Eesti_Rahvusfond, lk 82
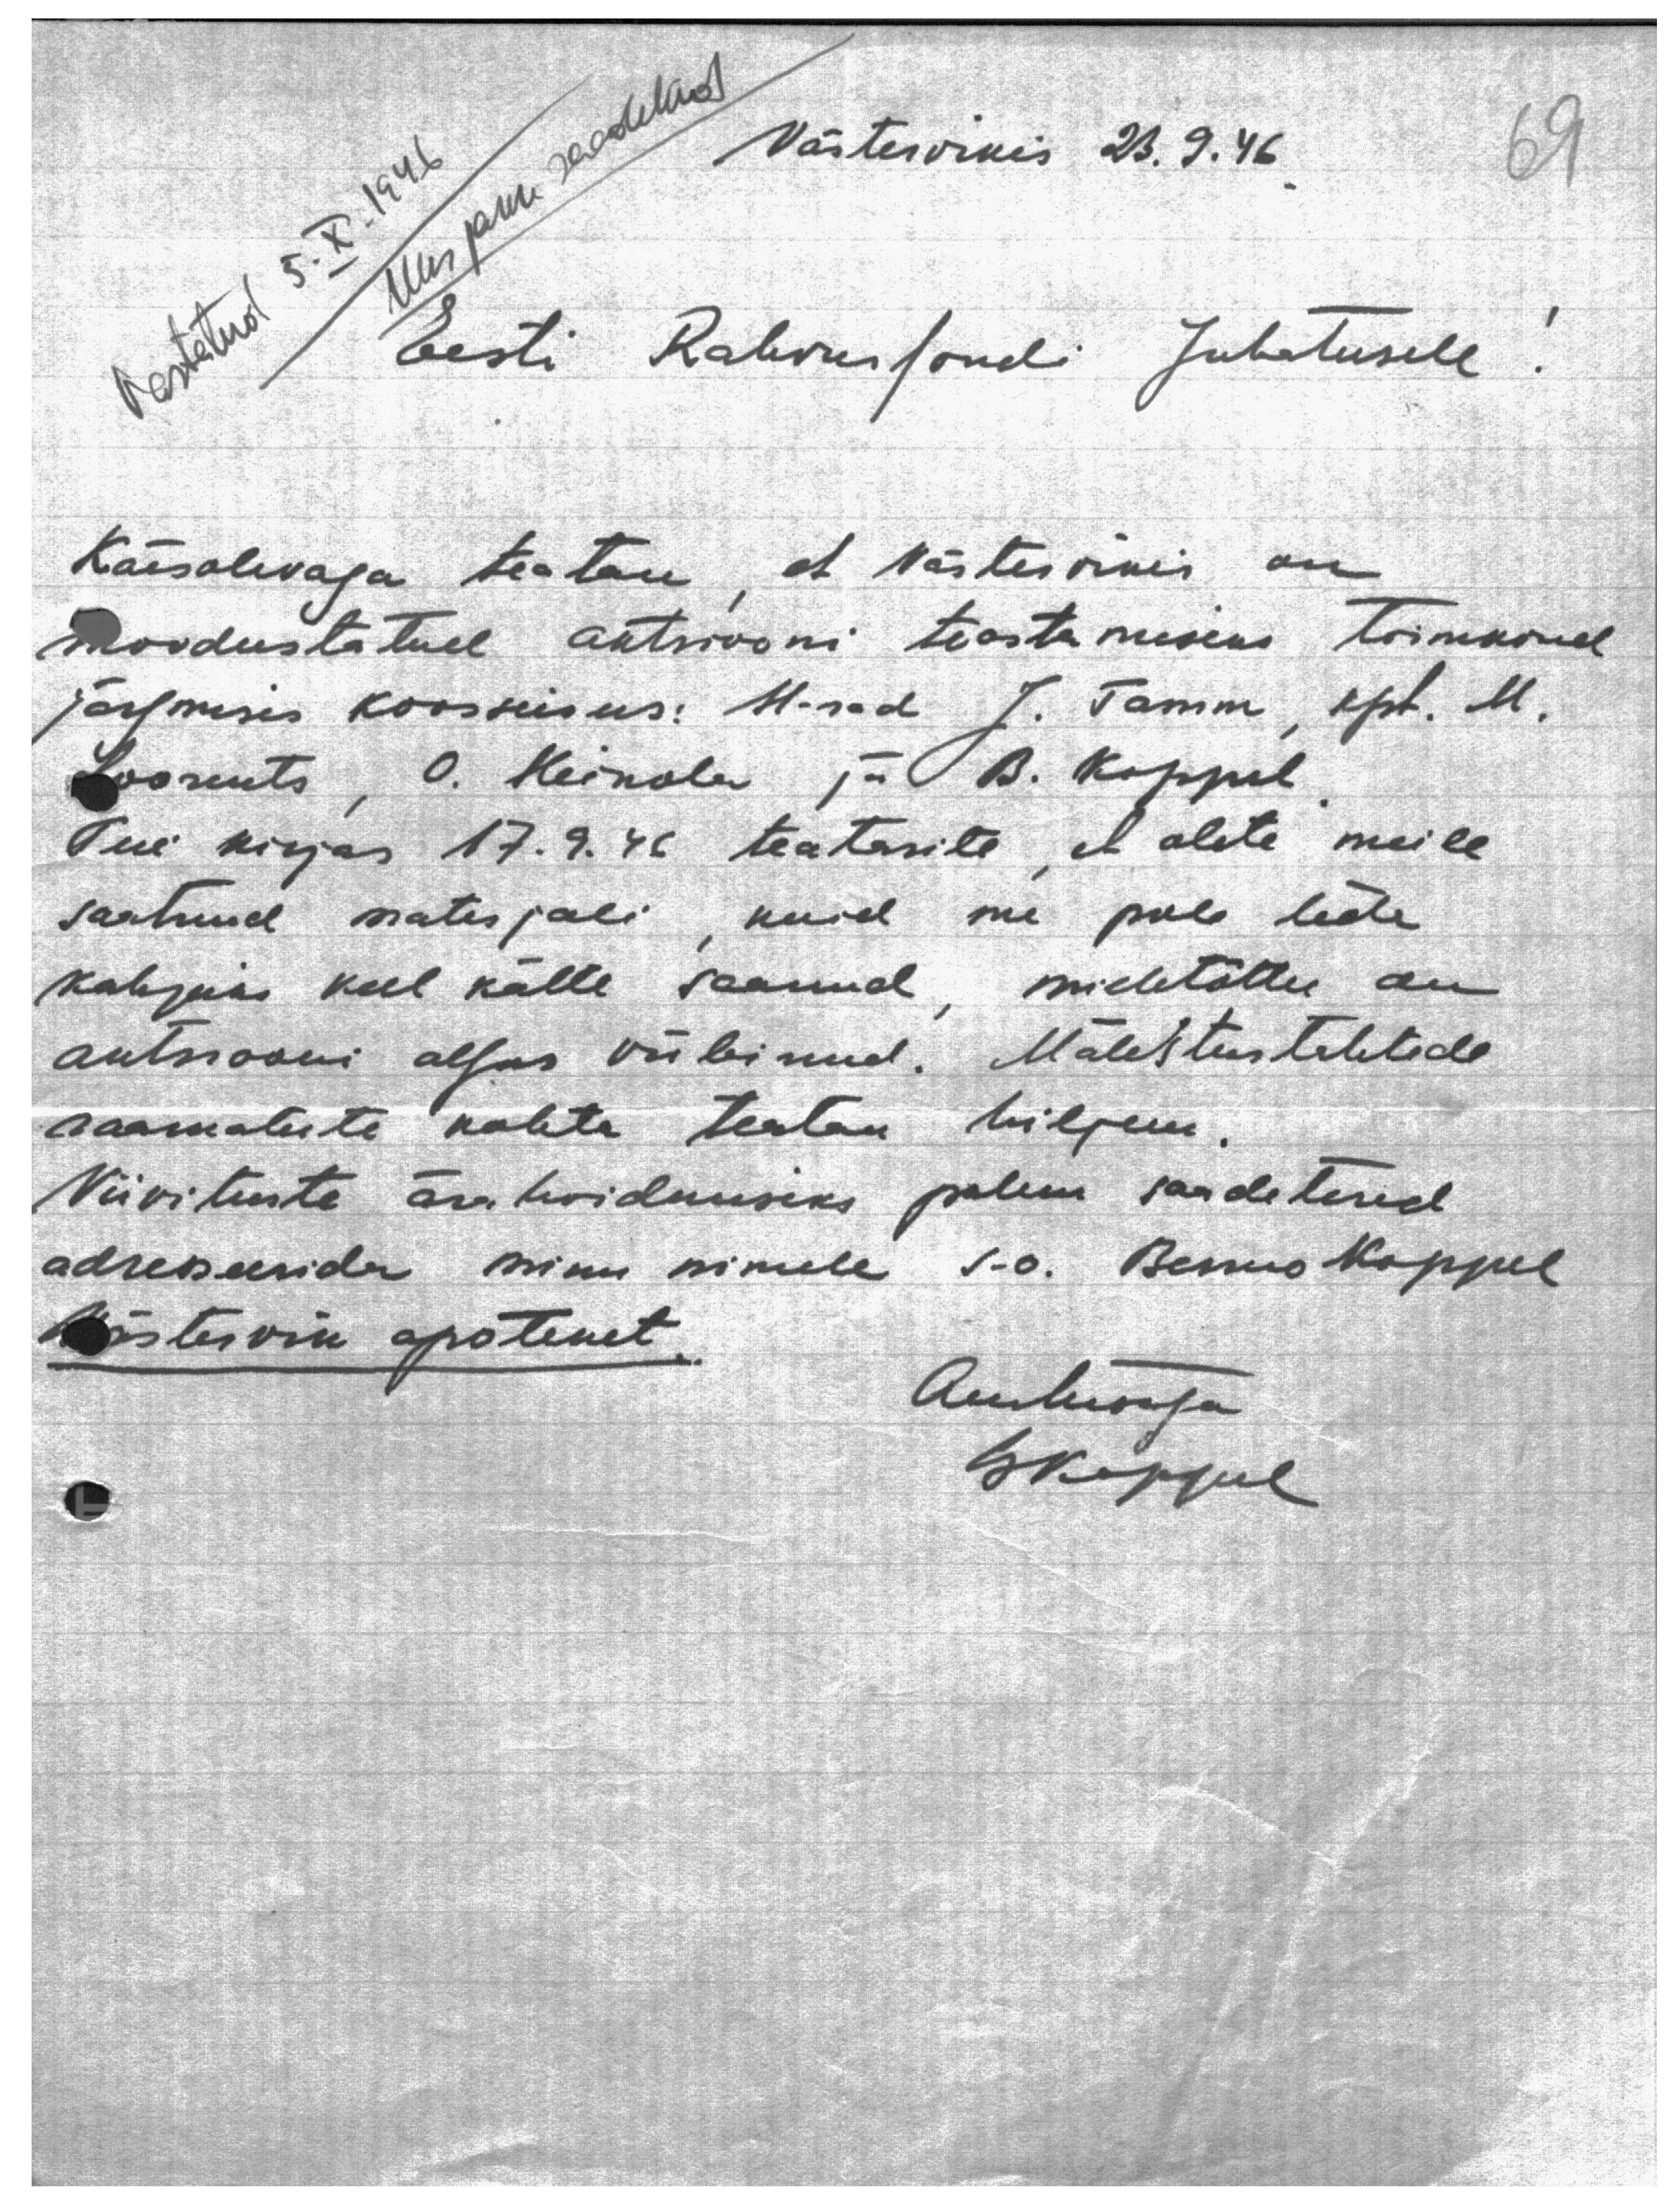
Uus pakk saadetud
Västervikis 23. 9. 46.
Vastatud 5. X. 1946
Eesti Rahvusfondi Juhatusele!
Käesolevaga teatan, et Västervikis on
moodustatud aktsiooni teostamiseks toimkond
järgmises koosseisus: H-rad J. Tamm, kpt. M.
Loorents, O. Heinola ja B. Koppel.
Teie kirjas 17. 9. 46 teatasite, et olete meile
saatnud materjali, kuid me pole teda
kahjuks veel kätte saanud, milletõttu on
aktsiooni algus viibinud. Mälestustähtede
raamatute kohta teatan hiljem.
Viivituste ärahoidmiseks palun saadetised
adresseerida minu nimele s-o. Benno Koppel
Västervik apoteket.
Austusega
B. Koppel